Annual statistical returns and brief notes on vaccination in Bengal - 1909-1929
Year: 1909
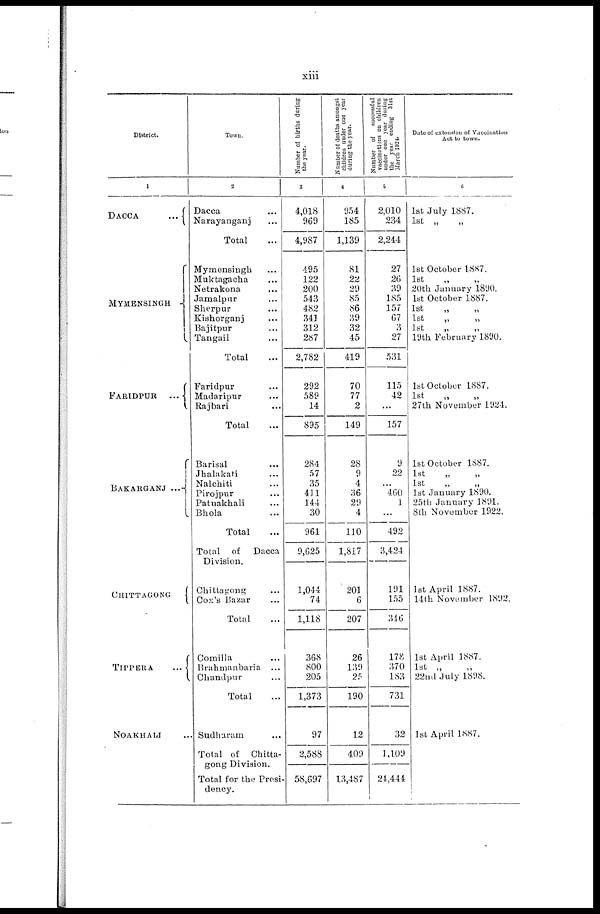
xiii
District.
1
DACCA...
MYMENSINGH...
FARIDPUR...
BAKARGANJ...
CHITTAGONG
TIPPERA...
NOAKHALI
Town.
2
Dacca...
Narayanganj...
Total...
Mymensingh...
Muktagacha...
Netrakona...
Jamalpur...
Sherpur...
Kishorganj...
Bajitpur...
Tangail...
Total...
Faridpur...
Madaripur...
Rajbari...
Total...
Barisal...
Jhalakati...
Nalchiti...
Pirojpur...
Patnakhali...
Bhola...
Total...
Total of Dacca
Division.
Chittagong...
Cox's Bazar...
Total...
Comilla...
Brahmanbaria...
Chandpur...
Total...
Sudhuram...
Total of Chitta-
gong Division.
Total for the Presi-
dency.
Number of births during
the year.
3
4,018
969
4,987
495
122
200
543
482
341
312
287
2,782
292
589
14
895
284
57
35
411
144
30
961
9,625
1,044
74
1,118
368
800
205
1,373
97
2,588
58,697
Number of deaths amongst
children under one year
during the year.
4
954
185
1,139
81
22
29
85
86
39
32
45
419
70
77
2
149
28
9
4
36
29
4
110
1,817
201
6
207
26
139
25
190
12
409
13,487
Number of successful
vnccinations on children
under one year during
the year ending 31st
March 1924.
5
2,010
234
2,244
27
26
39
185
157
67
3
27
531
115
42
...
157
9
22
...
460
1
...
492
3,424
191
155
346
178
370
183
731
32
1,109
24,444
Date of extension of Vaccination
Act to town.
6
1st July 1887.
1st „
„
1st October 1887.
1st
„
„
20th January 1890.
1st October 1887.
1st
„
„
1st
„
„
1st
„
„
19th February 1890.
1st October 1887.
1st
27th November 1924.
1st October 1887.
1st
„
„
1st
„
„
1st January 1890.
25th January 1891.
8th November 1922.
1st April 1887.
14th November 1892.
1st April 1887.
22nd July 1898.
1st April 1887.